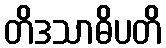
တိဒသာဓိပတိ